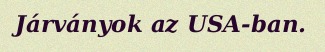
Járványok az USA-ban.